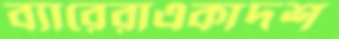
ব্যারেরাএকাদশ